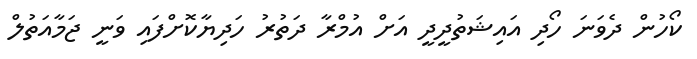
ކޯހުން ދެވަނަ ހޯދި އައިޝަތުދީދީ އަށް އުމްރާ ދަތުރު ހަދިޔާކޮށްފައި ވަނީ ޖަމާއަތުލް